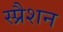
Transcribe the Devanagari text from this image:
स्प्रैशन